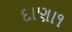
દાણા૧